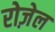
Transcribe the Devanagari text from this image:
रोज़ेल